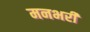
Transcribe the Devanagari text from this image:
मनभरी